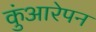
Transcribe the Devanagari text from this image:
कुंआरेपन